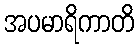
အပမာရိကာတိ